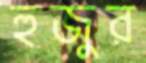
হুজুর